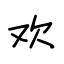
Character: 欢